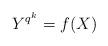
LaTeX: \begin{align*} Y^{q^k}=f(X)\end{align*}